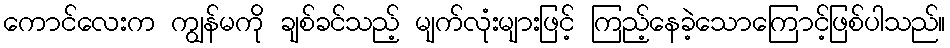
ကောင်လေးက ကျွန်မကို ချစ်ခင်သည့် မျက်လုံးများဖြင့် ကြည့်နေခဲ့သောကြောင့်ဖြစ်ပါသည်။